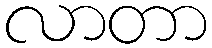
လာတာ